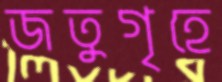
জতুগৃহে